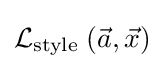
{\mathcal {L}}_{\text{style }}({\vec {a}},{\vec {x}})